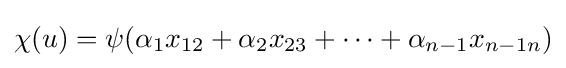
\chi (u)=\psi (\alpha _{1}x_{12}+\alpha _{2}x_{23}+\cdots +\alpha _{n-1}x_{n-1n})